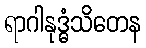
ရာဂါနုဒ္ဓံသိတေန